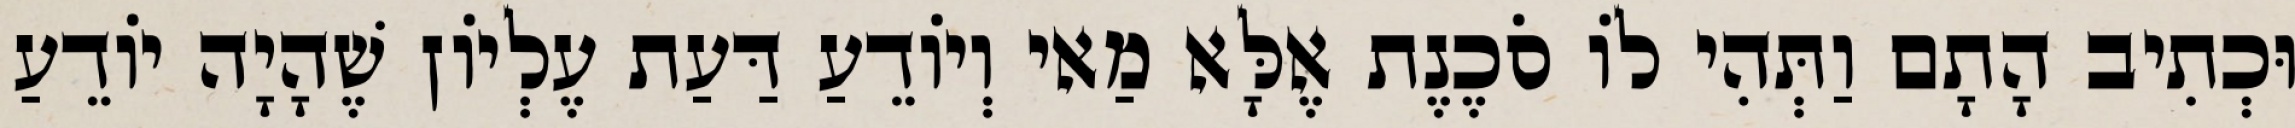
וּכְתִיב הָתָם וַתְּהִי לוֹ סֹכֶנֶת אֶלָּא מַאי וְיוֹדֵעַ דַּעַת עֶלְיוֹן שֶׁהָיָה יוֹדֵעַ